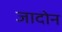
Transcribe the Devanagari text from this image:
जादोन